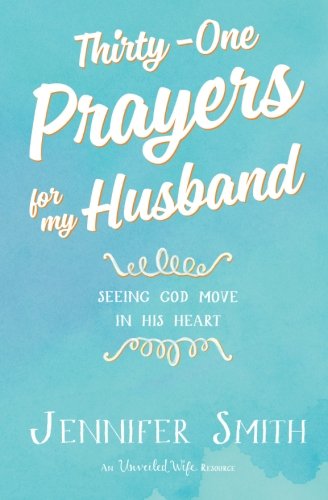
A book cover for Thirty-One Prayers For My Husband: Seeing God Move In His Heart; Jennifer Smith; Christian Books & Bibles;